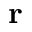
\mathbf { r }